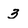
Character: 3